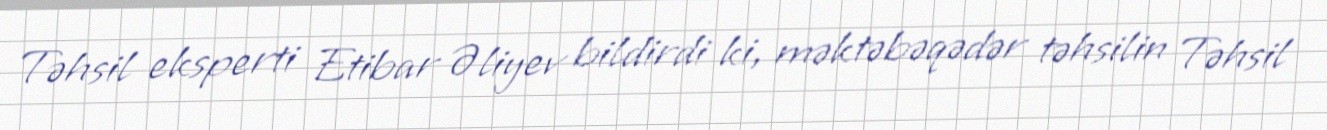
Təhsil eksperti Etibar Əliyev bildirdi ki, məktəbəqədər təhsilin Təhsil